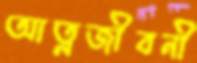
আত্নজীবনী